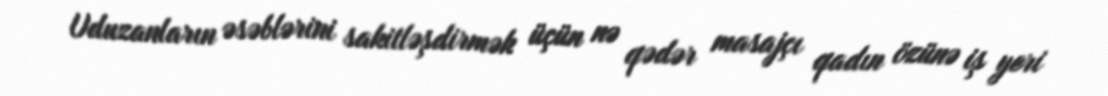
Uduzanların əsəblərini sakitləşdirmək üçün nə qədər masajçı qadın özünə iş yeri